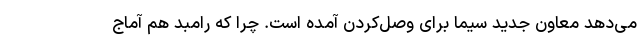
می‌دهد معاون جدید سیما برای وصل‌کردن آمده است. چرا که رامبد هم آماج